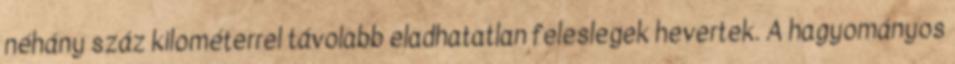
néhány száz kilométerrel távolabb eladhatatlan feleslegek hevertek. A hagyományos